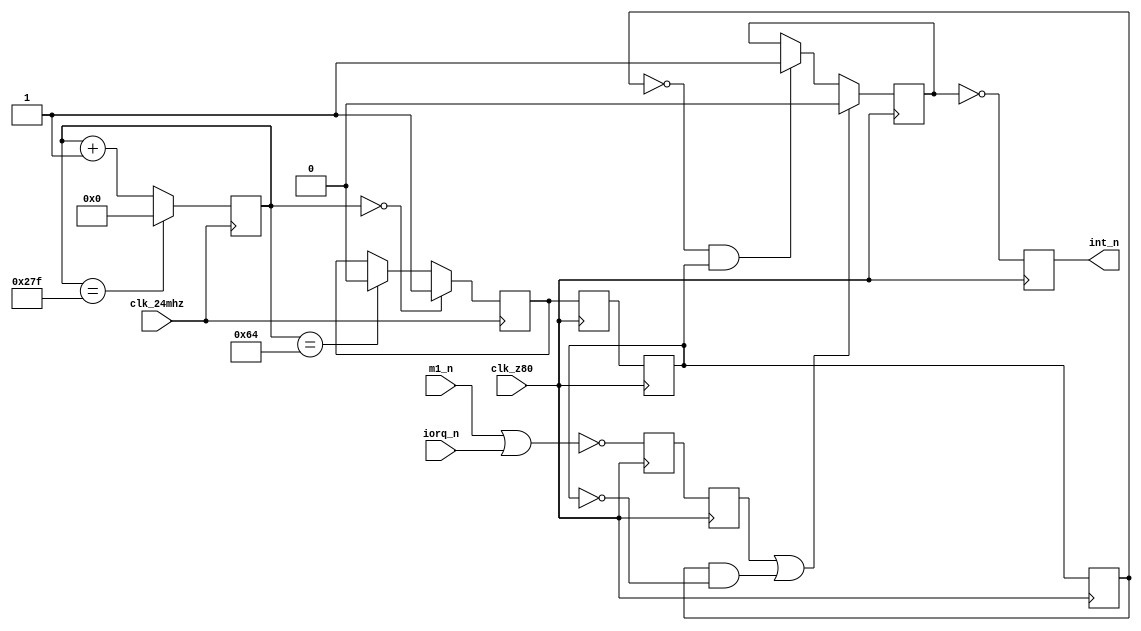
module interrupts(

	clk_24mhz,
	clk_z80,

	m1_n,
	iorq_n,

	int_n
);

	parameter MAX_INT_LEN = 100;

	input clk_24mhz;
	input clk_z80;

	input m1_n;
	input iorq_n;

	output reg int_n;



	reg [9:0] ctr640;
	reg int_24;

	reg int_sync1,int_sync2,int_sync3;

	reg int_ack_sync,int_ack;

	reg int_gen;


	// generate int signal

	always @(posedge clk_24mhz)
	begin

		if( ctr640 == 10'd639 )
			ctr640 <= 10'd0;
		else
			ctr640 <= ctr640 + 10'd1;


		if( ctr640 == 10'd0 )
			int_24 <= 1'b1;
		else if( ctr640 == MAX_INT_LEN )
			int_24 <= 1'b0;

	end



	// generate interrupt signal in clk_z80 domain
	always @(negedge clk_z80)
	begin
		int_sync3 <= int_sync2;
		int_sync2 <= int_sync1;
		int_sync1 <= int_24;    // sync in from 24mhz, allow for edge detection (int_sync3!=int_sync2)

		int_ack_sync <= ~(m1_n | iorq_n);
		int_ack <= int_ack_sync;          // interrupt acknowledge from Z80

		// control interrupt generation signal
		if( int_ack || ( int_sync3 && (!int_sync2) ) )
			int_gen <= 1'b0;
		else if( (!int_sync3) && int_sync2 )
			int_gen <= 1'b1;
	end

	always @(posedge clk_z80)
	begin
		int_n <= ~int_gen;
	end

endmodule